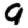
Digit: 9